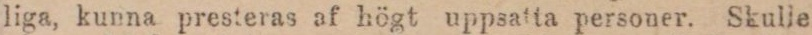
liga, kunna presteras af högt uppsatta personer. Skulle